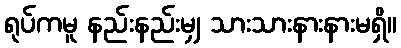
ရုပ်ကမူ နည်းနည်းမျှ သားသားနားနားမရှိ။